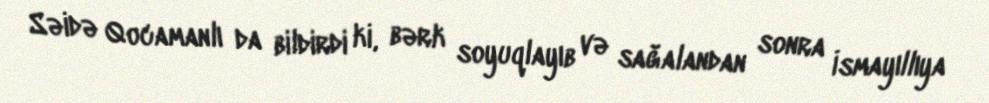
Səidə Qocamanlı da bildirdi ki, bərk soyuqlayıb və sağalandan sonra İsmayıllıya